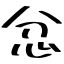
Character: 忿